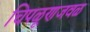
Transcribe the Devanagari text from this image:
चिपळूणजवळ